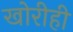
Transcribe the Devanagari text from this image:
खोरीही